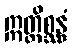
ဣတ္ထိစ္ဆန္ဒံ